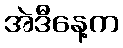
အဲဒီနေ့က